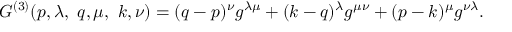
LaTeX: G ^ { ( 3 ) } ( p , \lambda , ~ q , \mu , ~ k , \nu ) = ( q - p ) ^ { \nu } g ^ { \lambda \mu } + ( k - q ) ^ { \lambda } g ^ { \mu \nu } + ( p - k ) ^ { \mu } g ^ { \nu \lambda } .